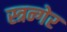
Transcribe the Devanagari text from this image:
स्त्रन्गेर